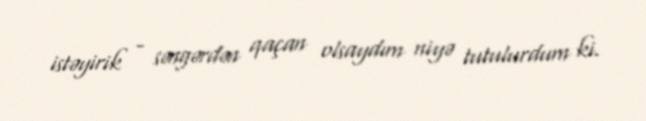
istəyirik - səngərdən qaçan olsaydım niyə tutulurdum ki.